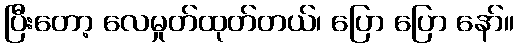
ပြီးတော့ လေမှုတ်ထုတ်တယ်၊ ပြော ပြော နော်။